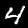
Digit: 4